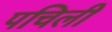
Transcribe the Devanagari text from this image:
पचिली